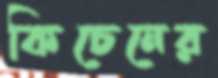
কিচেনের